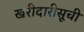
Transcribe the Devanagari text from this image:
खरीदारीसूची